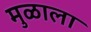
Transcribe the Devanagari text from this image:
मुळाला